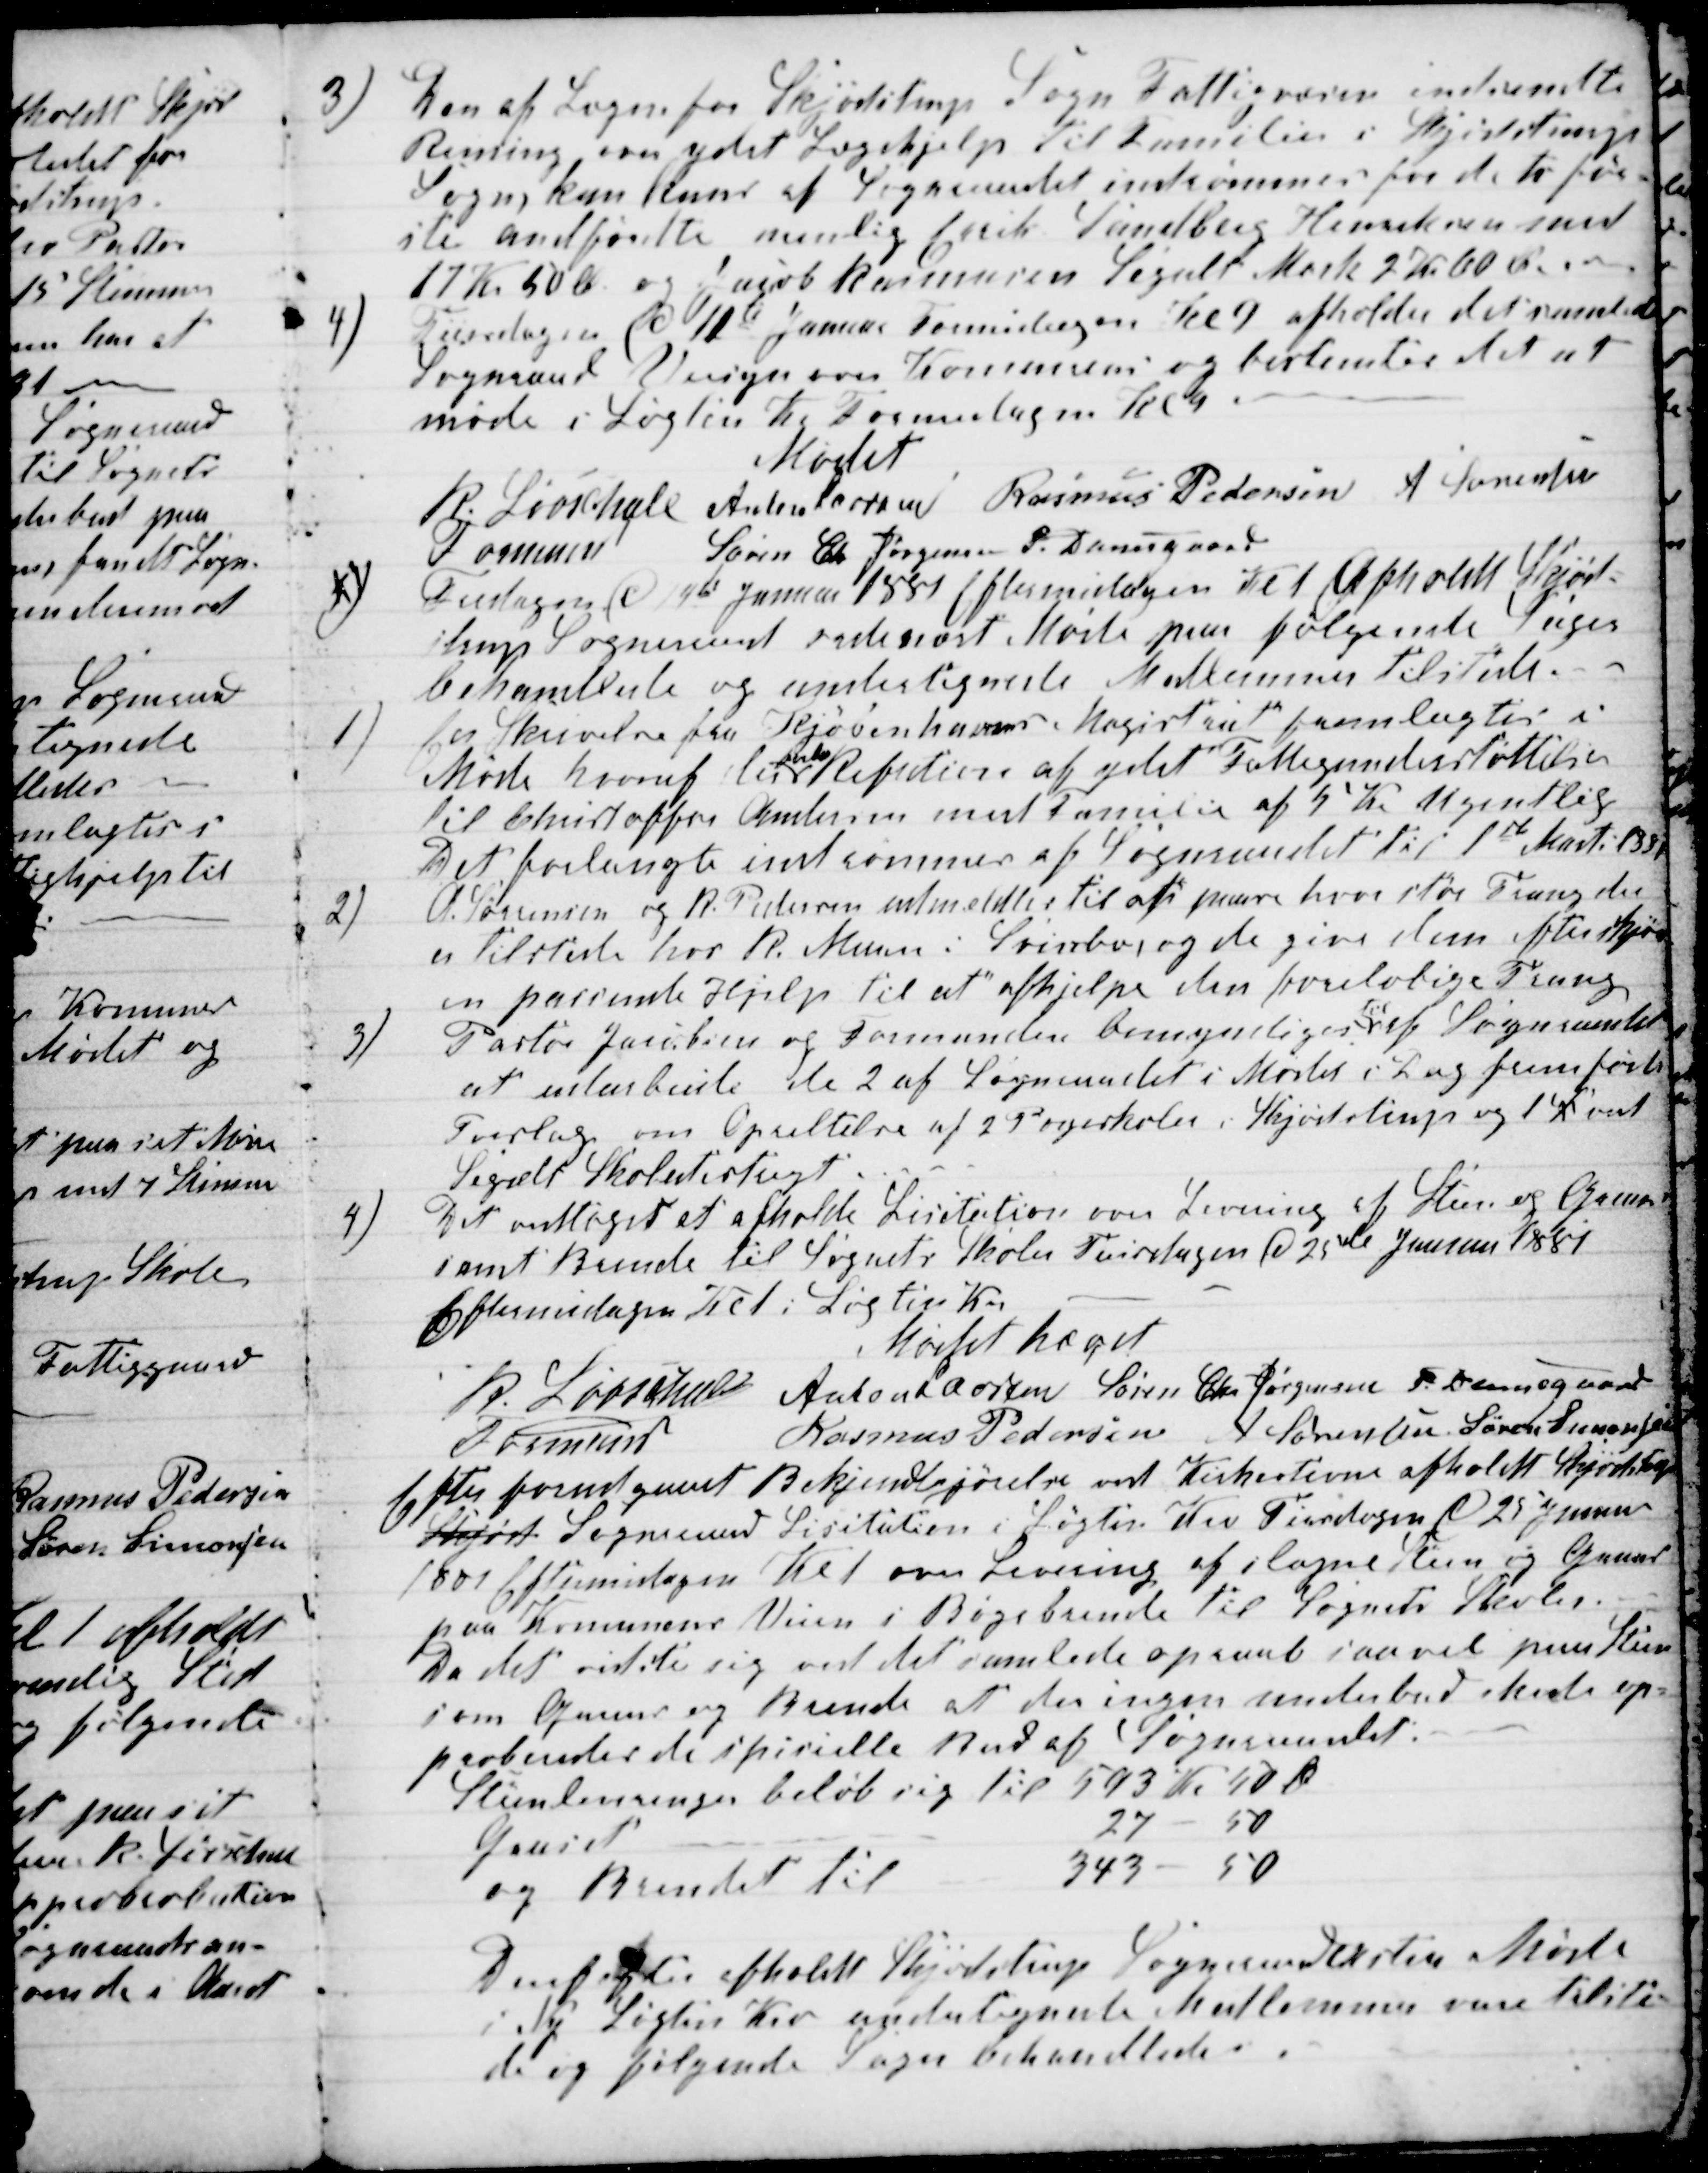
Transskription:
3) Den af Lægen for Skjødstrup Sogn Fattigvæsen indsendte
Reining over ydet Lægehjelp til Familier i Skjødstrup
Sogns kan kuns af Sogneraadet indrømmes for de to før-
ste andførdte nemlig Erik Sandberg Henriksen med
17 Kr 50 Ø og Jacob Rasmusen Segalt Mark 2 Kr 60 Ø.
4
Tiirsdagen d 11te Januar Formidagen Kl 9 afholder det samlede
Sogneraad Veisyn over Komuneveie og bestemtes det at
møde i Løgten Kro Formidagen Kl 9.
Mødet
R Løvschall 
Formand
Anton Laursen Rasmus Pedersen A Sørensen
Søren Chr Jørgensen P. Damsgaard
1)
Fredagen d 14de Januar 1881 Eftermidagen Kl 1 Afholdt Skjød-
strup Sogneraad ordinært Møde paa følgende Sager
behandlede og undertegnede Medlemmer tilstede.
1)
En Skrivelse fra Kjøbenhavns Magistrat fremlagtes i
Møde hvoraf der
fordres
Refution af ydet Fattigunderstøttelse
til Christoffer Andersen med Familie af 5 Kr ugentlig
Det forlangte indrømmes af Sogneraadet til 1ste Marts 1881
2)
A. Sørensen og R. Pedersen udmeldtes til at paase hvor stor Trang der
er tilstede hos R. Murer i Svinbo, og de give dem efter Skjøn
en passende Hjelp til at afhjelpe den foreløbige Trang.
3)
Pastor Jacobsen og Formanden bemyndiges 
til
af Sogneraadet
at udarbeide de 2 af Sogneraadet i Mødet i Dag fremførte
Forslag om Oprettelse af 2 Pogeskoler i Skjødstrup og 1 S ved
Segalt Skoledistrigt.
4)
Det vedtoges at afholde Licitation over Levering af Sten og Gruus
samt Brende til Sognets Skoler Tiirsdagen d 25de Januar 1881
Eftermidagen Kl 1 i Løgten Kro.
Mødet hævet
R. Løvschall
Formand
Anton Laursen Søren Chr Jørgensen P. Damsgaard
Rasmus Pedersen A Sørensen Søren Simonsen
Efter forudgaaet Bekjendtgørelse ved Kirkestevne afholdt Skjødstrup
Skjødst Sogneraad Licitation i Løgten Kro Tirsdagen d 25 Januar
1881 Eftermidagen Kl 1 over Levering af slagne Steen og Gruus
paa Komunens Veien i Bøgebrende til Sognets Skoler.
Da det vistste sig ved det samlede opraab saavel paa Steen
som Gruus og Brende at der ingen underbud skete ap-
proberedes de spicielle Bud af Sogneraadet:
Steenleveringer beløb sig til 593 Kr 50 Ør
Gruset
27
50
og Brendet til
343
50
Derefefter afholdt Skjødstrup Sogneraad exstra Møde
i Ny Løgten Kro undertegnede Medlemmer vare tilste-
de og følgende Sager behandledes.